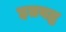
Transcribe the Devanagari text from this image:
हतबद्ध